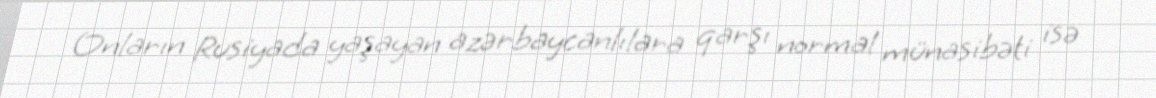
Onların Rusiyada yaşayan azərbaycanlılara qarşı normal münasibəti isə